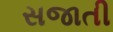
સજાતી